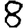
Digit: 8